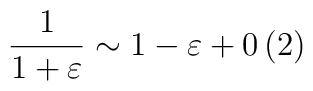
\frac{1}{1+\varepsilon }\sim 1-\varepsilon +0\left( 2\right)